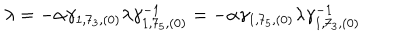
LaTeX: \lambda = - \alpha \gamma _ { 1 , 7 _ { 3 } , ( 0 ) } \lambda \gamma _ { 1 , 7 _ { 5 } , ( 0 ) } ^ { - 1 } = - \alpha \gamma _ { 1 , 7 _ { 5 } , ( 0 ) } \lambda \gamma _ { 1 , 7 _ { 3 } , ( 0 ) } ^ { - 1 }